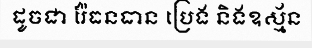
ដូចជា រ៉ែធនធាន ប្រេង និងឧស្ម័ន